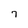
Character: 7